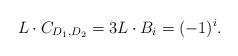
LaTeX: \begin{align*} L \cdot C_{D_1,D_2} = 3 L \cdot B_i = (-1)^i.\end{align*}